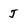
Character: J